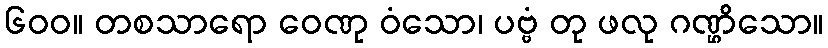
၆၀၀။ တစသာရော ဝေဏု ဝံသော၊ ပဗ္ဗံ တု ဖလု ဂဏ္ဌိသော။